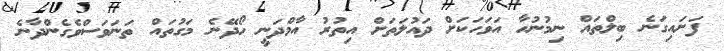
ފަށައިގަނެ ބިލްތައް ނިމުނުހާ އަވަހަކަށް ދައުލަތަށް އިތުރު އާމްދަނީ ހޯދޭނެ މަގުތައް ތަނަވަސްވެގެންދާނެ